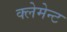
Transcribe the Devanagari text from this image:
क्लेमेन्ट